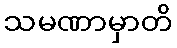
သမဏာမှာတိ